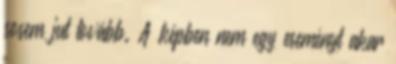
sosem jut tovább. A képben nem egy eseményt akar